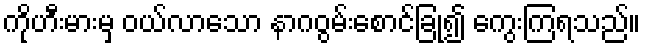
ကိုဟီးမားမှ ဝယ်လာသော နာဂဝွမ်းစောင်ခြုံ၍ ကွေးကြရသည်။